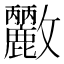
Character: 𭤓